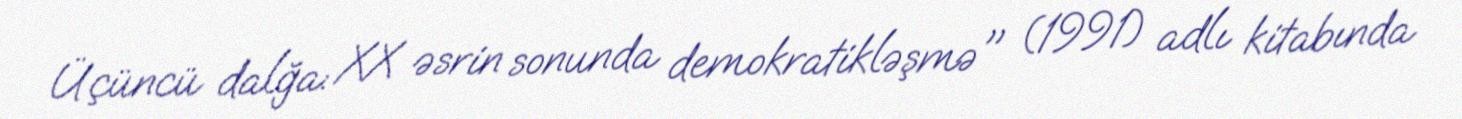
Üçüncü dalğa: XX əsrin sonunda demokratikləşmə" (1991) adlı kitabında